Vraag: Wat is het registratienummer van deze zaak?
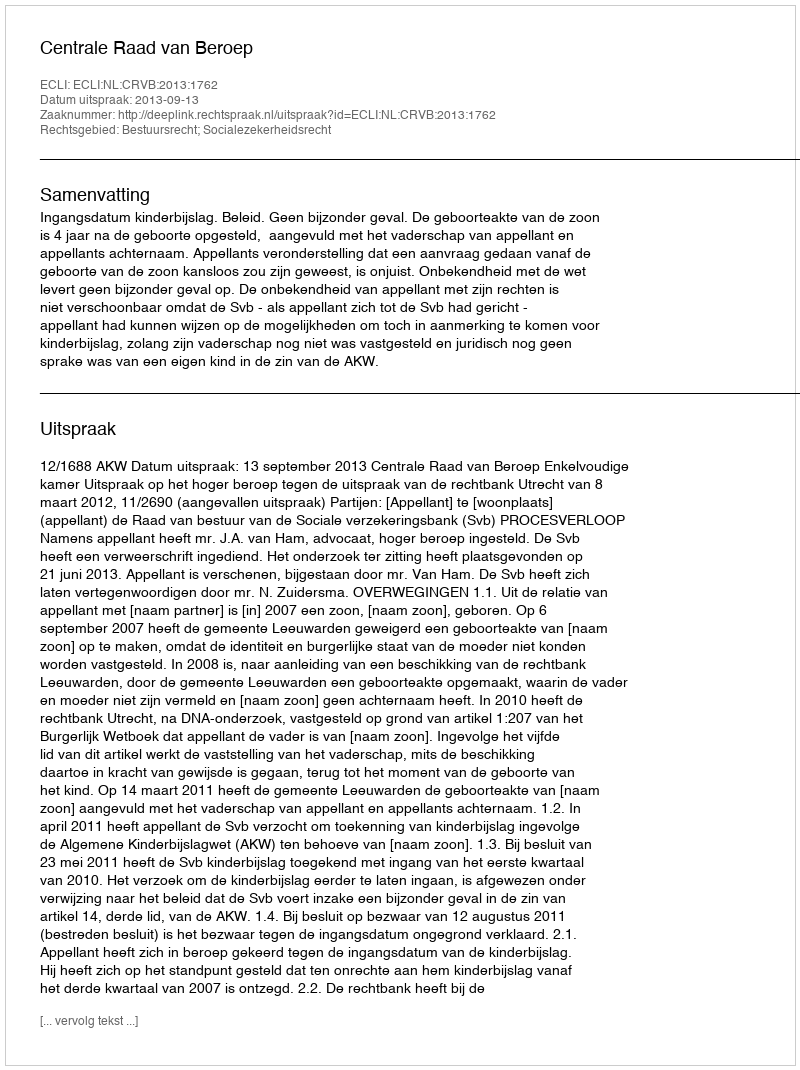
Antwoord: http://deeplink.rechtspraak.nl/uitspraak?id=ECLI:NL:CRVB:2013:1762